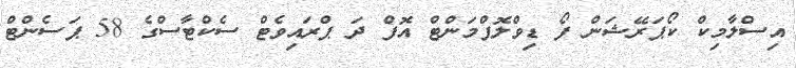
އިސްލާމިކް ކޯޕަރޭޝަން ފޯ ޑިވްލޮޕްމަންޓް އޮފް ދަ ޕްރައިވެޓް ސެކްޓާސްގެ 58 ޕަސެންޓް